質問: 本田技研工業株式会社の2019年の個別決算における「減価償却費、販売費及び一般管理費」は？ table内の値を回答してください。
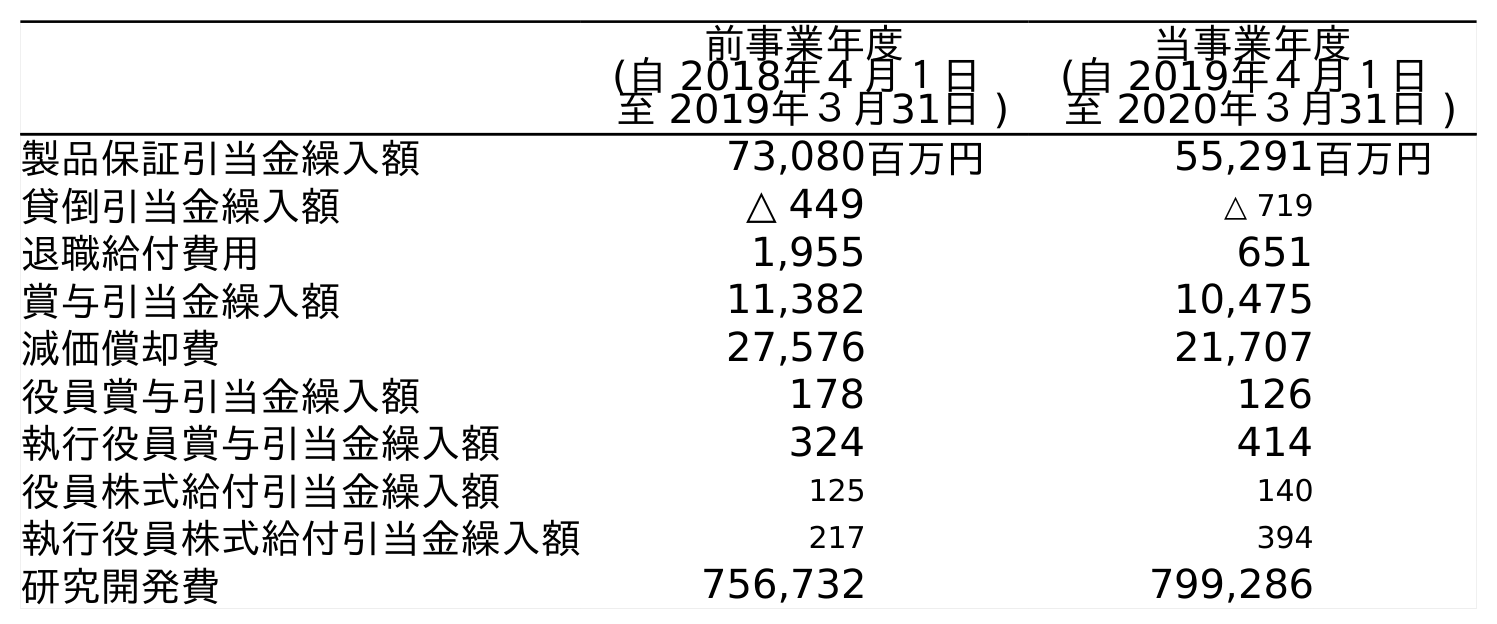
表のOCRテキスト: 前事業年度 (自 2018年４月１日 至 2019年３月31日 ) 当事業年度 (自 2019年４月１日 至 2020年３月31日 ) 製品保証引当金繰入額 73,080百万円 55,291百万円 貸倒引当金繰入額 △ 449 △ 719 退職給付費用 1,955 651 賞与引当金繰入額 11,382 10,475 減価償却費 27,576 21,707 役員賞与引当金繰入額 178 126 執行役員賞与引当金繰入額 324 414 役員株式給付引当金繰入額 125 140 執行役員株式給付引当金繰入額 217 394 研究開発費 756,732 799,286
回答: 27,576